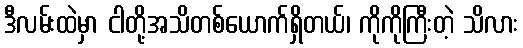
ဒီလမ်းထဲမှာ ငါတို့အသိတစ်ယောက်ရှိတယ်၊ ကိုကိုကြီးတဲ့ သိလား